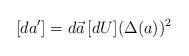
LaTeX: \begin{align*}[d{a}^{\prime}]=d\vec{a}\, [dU](\Delta(a))^2\end{align*}